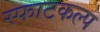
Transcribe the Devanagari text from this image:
स्फाटकल्प